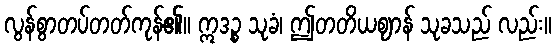
လွန်စွာတပ်တတ်ကုန်၏။ ဣဒဉ္စ သုခံ၊ ဤတတိယဈာန် သုခသည် လည်း။